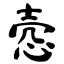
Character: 悫